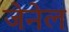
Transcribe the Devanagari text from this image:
जेनेल